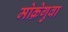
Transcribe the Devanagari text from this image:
मोक़ेगुवा